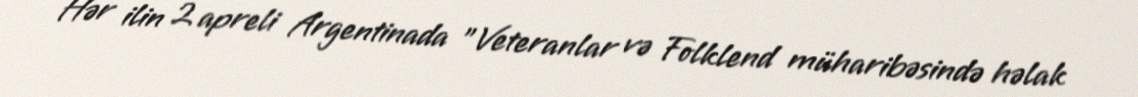
Hər ilin 2 apreli Argentinada "Veteranlar və Folklend müharibəsində həlak